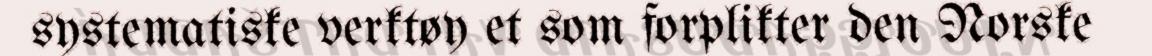
systematiske verktøy et som forplikter den Norske